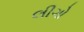
લીગો